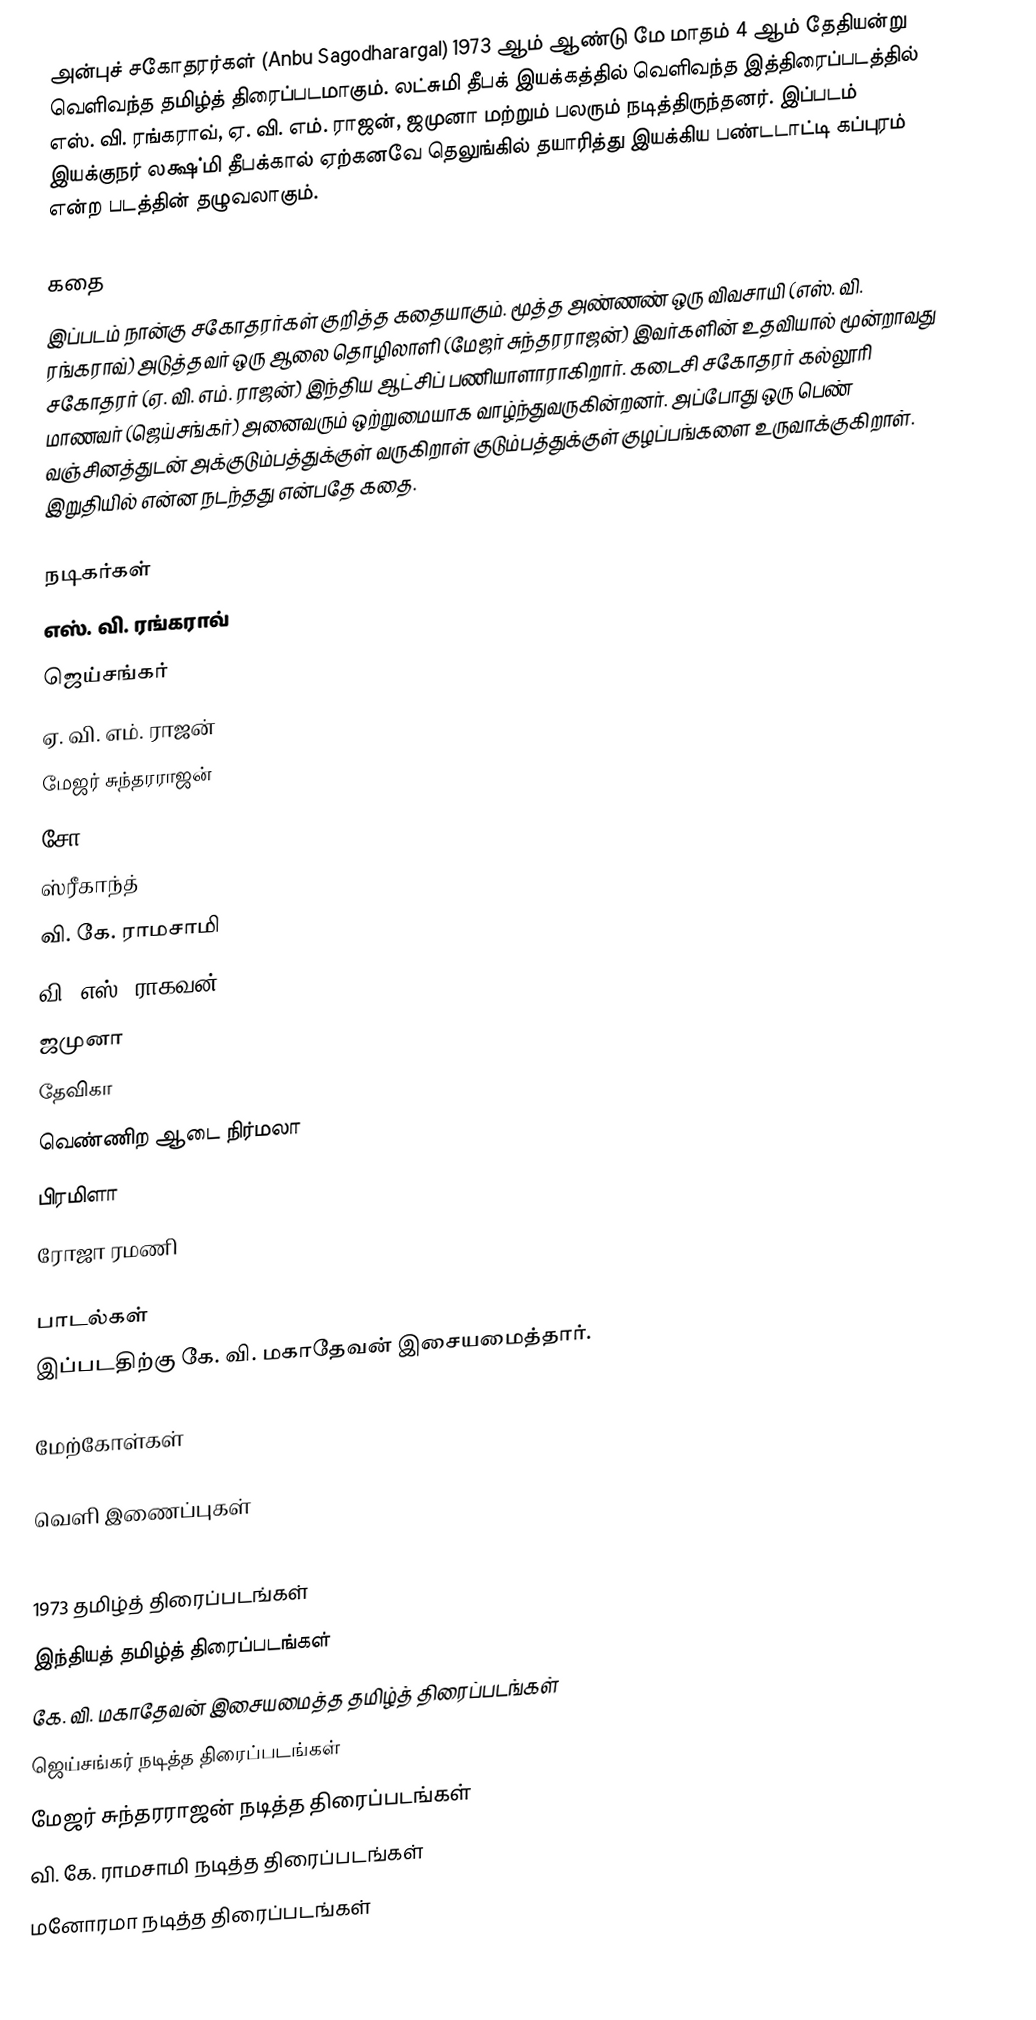
அன்புச் சகோதரர்கள் (Anbu Sagodharargal) 1973 ஆம் ஆண்டு மே மாதம் 4 ஆம் தேதியன்று வெளிவந்த தமிழ்த் திரைப்படமாகும். லட்சுமி  தீபக் இயக்கத்தில் வெளிவந்த இத்திரைப்படத்தில் எஸ். வி. ரங்கராவ்,  ஏ. வி. எம். ராஜன், ஜமுனா மற்றும் பலரும் நடித்திருந்தனர். இப்படம் இயக்குநர் லக்ஷ்மி  தீபக்கால் ஏற்கனவே தெலுங்கில் தயாரித்து இயக்கிய பண்டடாட்டி கப்புரம் என்ற படத்தின் தழுவலாகும்.

கதை
இப்படம் நான்கு சகோதரர்கள் குறித்த கதையாகும். மூத்த அண்ணண் ஒரு விவசாயி (எஸ். வி. ரங்கராவ்) அடுத்தவர் ஒரு ஆலை தொழிலாளி (மேஜர் சுந்தரராஜன்) இவர்களின் உதவியால் மூன்றாவது சகோதரர் (ஏ. வி. எம். ராஜன்) இந்திய ஆட்சிப் பணியாளாராகிறார். கடைசி சகோதரர் கல்லூரி மாணவர் (ஜெய்சங்கர்) அனைவரும் ஒற்றுமையாக வாழ்ந்துவருகின்றனர். அப்போது ஒரு பெண் வஞ்சினத்துடன் அக்குடும்பத்துக்குள் வருகிறாள் குடும்பத்துக்குள் குழப்பங்களை உருவாக்குகிறாள். இறுதியில் என்ன நடந்தது என்பதே கதை.

நடிகர்கள்
 எஸ். வி. ரங்கராவ்
 ஜெய்சங்கர்
 ஏ. வி. எம். ராஜன்
 மேஜர் சுந்தரராஜன்
 சோ
 ஸ்ரீகாந்த்
 வி. கே. ராமசாமி
 வி. எஸ். ராகவன்
 ஜமுனா
 தேவிகா
 வெண்ணிற ஆடை நிர்மலா
 பிரமிளா
 ரோஜா ரமணி

பாடல்கள்
இப்படதிற்கு கே. வி. மகாதேவன் இசையமைத்தார்.

மேற்கோள்கள்

வெளி இணைப்புகள்

1973 தமிழ்த் திரைப்படங்கள்
இந்தியத் தமிழ்த் திரைப்படங்கள்
கே. வி. மகாதேவன் இசையமைத்த தமிழ்த் திரைப்படங்கள்
ஜெய்சங்கர் நடித்த திரைப்படங்கள்
மேஜர் சுந்தரராஜன் நடித்த திரைப்படங்கள்
வி. கே. ராமசாமி நடித்த திரைப்படங்கள்
மனோரமா நடித்த திரைப்படங்கள்